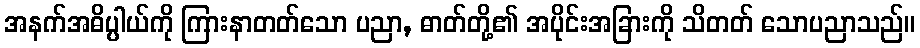
အနက်အဓိပ္ပါယ်ကို ကြားနာတတ်သော ပညာ, ဓာတ်တို့၏ အပိုင်းအခြားကို သိတတ် သောပညာသည်။